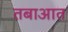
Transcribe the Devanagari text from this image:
तबाआत